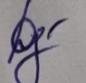
Signature authenticity: genuine